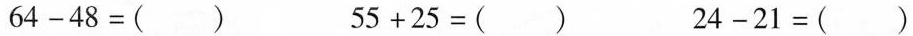
64-48=() 55+25=() 24-21=()